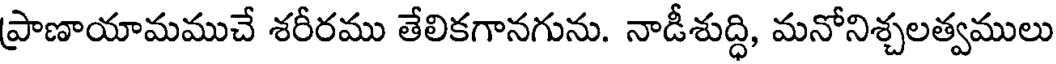
ప్రాణాయామముచే శరీరము తేలికగానగును. నాడీశుద్ధి, మనోనిశ్చలత్వములు